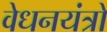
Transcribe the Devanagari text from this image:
वेधनयंत्रों